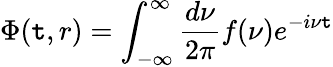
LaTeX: \Phi(\mathtt{t},r)=\int_{-\infty}^{\infty}{\frac{{d\nu}}{{2\pi}}}f(\nu)e^{-i\nu\mathtt{t}}